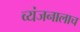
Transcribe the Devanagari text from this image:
व्यंजनालाच